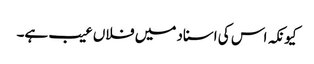
کیونکہ اس کی اسناد میں فلاں عیب ہے۔